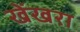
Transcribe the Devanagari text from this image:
खेंखरा